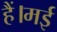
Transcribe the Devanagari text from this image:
हैं।मई